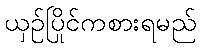
ယှဉ်ပြိုင်ကစားရမည်